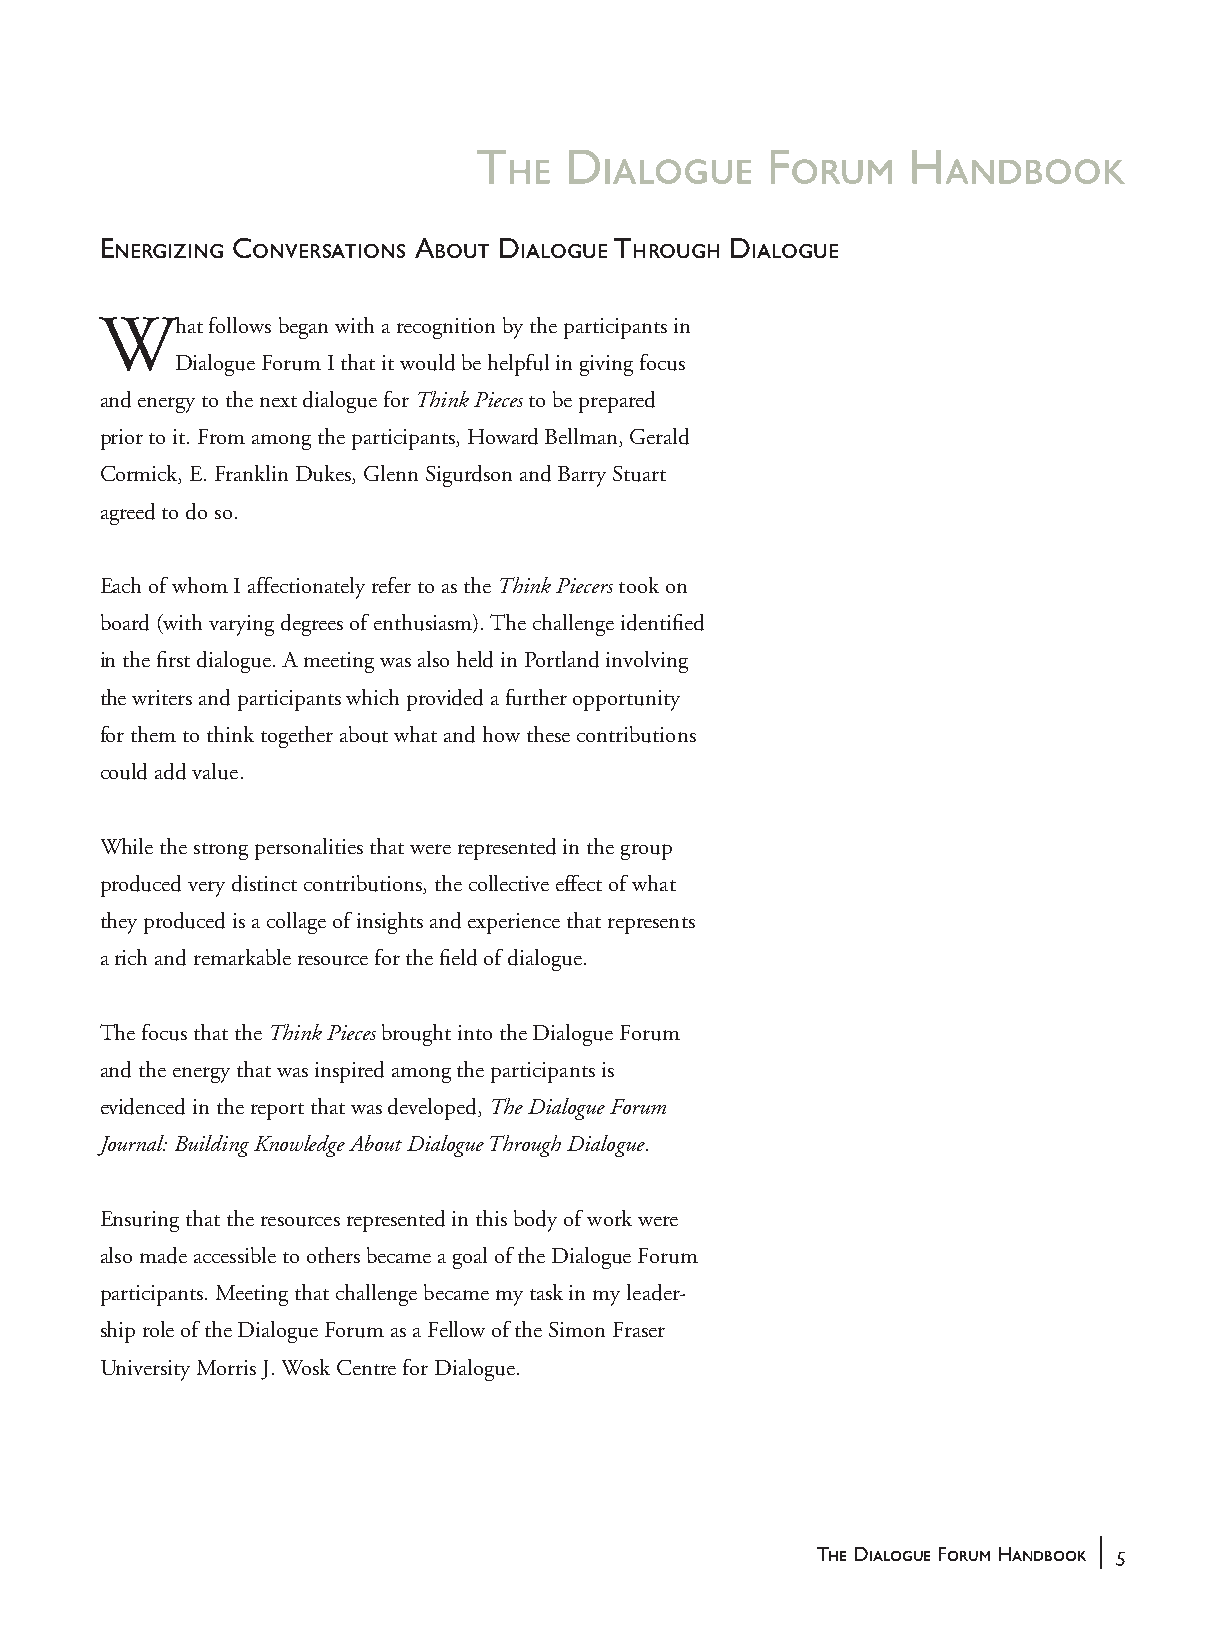
The   Dialogue     Forum     Handbook
 Energizing Conversations About Dialogue Through Dialogue
 What   follows began with a recognition by the participants in
 Dialogue Forum I that it would be helpful in giving focus
 and energy to the next dialogue for Think Pieces to be prepared
 prior to it. From among the participants, Howard Bellman, Gerald
 Cormick, E. Franklin Dukes, Glenn Sigurdson and Barry Stuart
 agreed to do so.
 Each of whom I affectionately refer to as the Think Piecers took on
 board (with varying degrees of enthusiasm). The challenge identified
 in the first dialogue. A meeting was also held in Portland involving
 the writers and participants which provided a further opportunity
 for them to think together about what and how these contributions
 could add value.
 While the strong personalities that were represented in the group
 produced very distinct contributions, the collective effect of what
 they produced is a collage of insights and experience that represents
 a rich and remarkable resource for the field of dialogue.
 The focus that the Think Pieces brought into the Dialogue Forum
 and the energy that was inspired among the participants is
 evidenced in the report that was developed, The Dialogue Forum
 Journal: Building Knowledge About Dialogue Through Dialogue.
 Ensuring that the resources represented in this body of work were
 also made accessible to others became a goal of the Dialogue Forum
 participants. Meeting that challenge became my task in my leader-
 ship role of the Dialogue Forum as a Fellow of the Simon Fraser
 University Morris J. Wosk Centre for Dialogue.
 |
 The Dialogue Forum Handbook 5
 handbook_web         5                              5/30/04, 4:37 PM